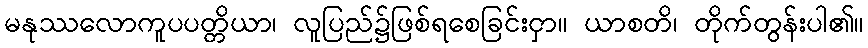
မနုဿလောကူပပတ္တိယာ၊ လူပြည်၌ဖြစ်ရစေခြင်းငှာ။ ယာစတိ၊ တိုက်တွန်းပါ၏။